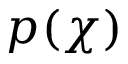
p ( \chi )